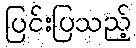
ပြင်းပြသည့်